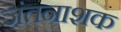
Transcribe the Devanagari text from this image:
जंतनाशक